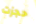
حجزت